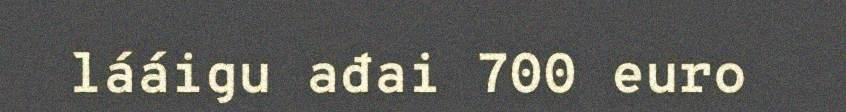
lááigu ađai 700 euro